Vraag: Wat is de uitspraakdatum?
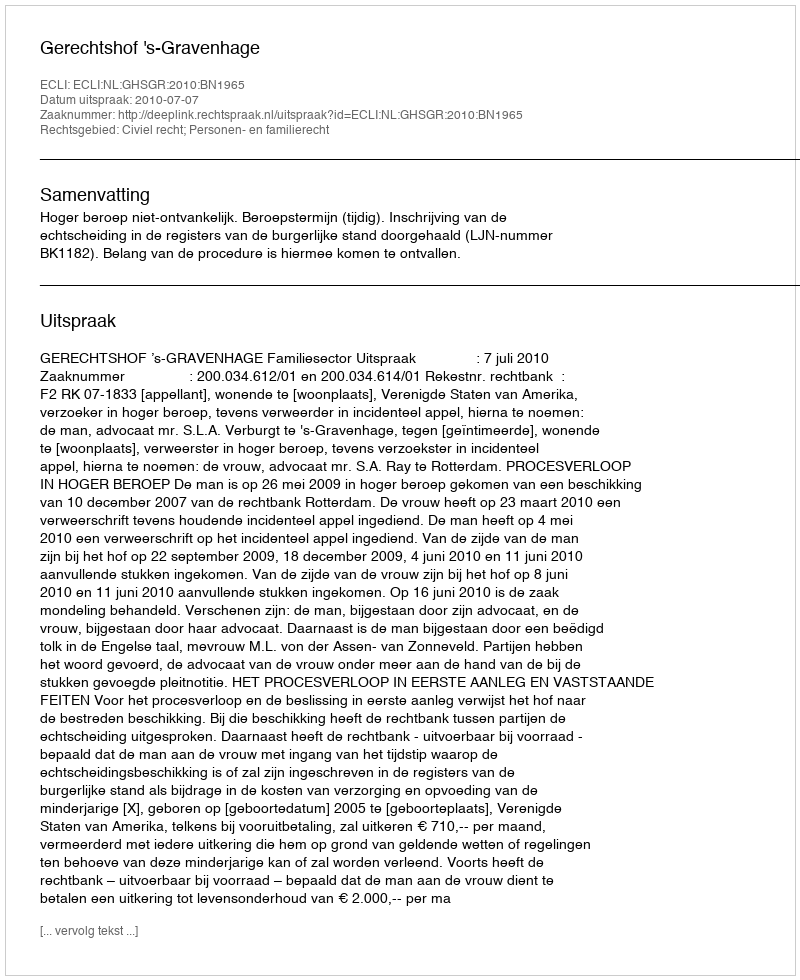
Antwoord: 2010-07-07